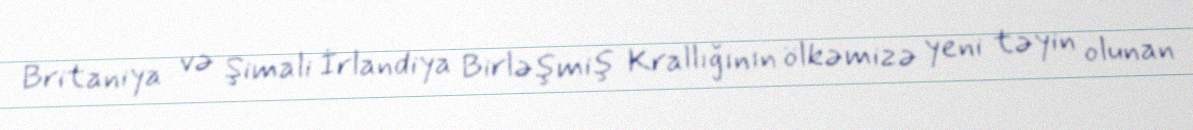
Britaniya və Şimali İrlandiya Birləşmiş Krallığının ölkəmizə yeni təyin olunan